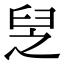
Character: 𦥧